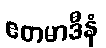
ဧတမာဒီနံ